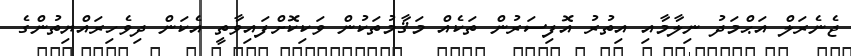
ޖެނެރަލް އަޙްމަދު ނިލާމާއި އިތުރު އޮފިސަރުން ތަކެއް މަޤާމުތަކުން ވަކިކޮށްފައިވާތީ އެކަން ދިވެހިރައްޔިތުންގެ